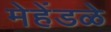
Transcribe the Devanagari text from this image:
मेहेंडळे